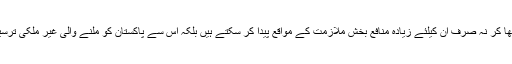
ہم ان لوگوں کو عربی سیکھا کر نہ صرف ان کیلئے زیادہ منافع بخش ملازمت کے مواقع پیدا کر سکتے ہیں بلکہ اس سے پاکستان کو ملنے والی غیر ملکی ترسیلات میں بھی اضافہ ہوگا۔